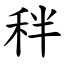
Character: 秚